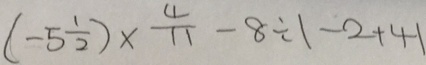
( - 5 \frac { 1 } { 2 } ) \times \frac { 4 } { 1 1 } - 8 \div 1 - 2 + 4 1